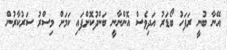
އޭނާ ބުނީ ރަފަހު ބޯޑަރު އަދިވެސް އޮންނާނީ ބަންދުކޮށްފައި ކަމަށް މިސްރު ސަރުކާރުން